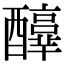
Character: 𨣳